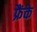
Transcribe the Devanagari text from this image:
फ्रैंके